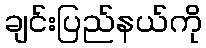
ချင်းပြည်နယ်ကို